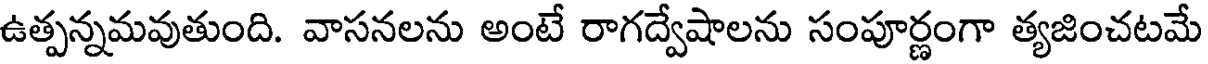
ఉత్పన్నమవుతుంది. వాసనలను అంటే రాగద్వేషాలను సంపూర్ణంగా త్యజించటమే